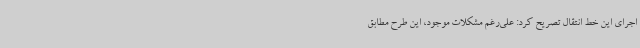
اجرای این خط انتقال تصریح کرد: علی‌رغم مشکلات موجود، این طرح مطابق